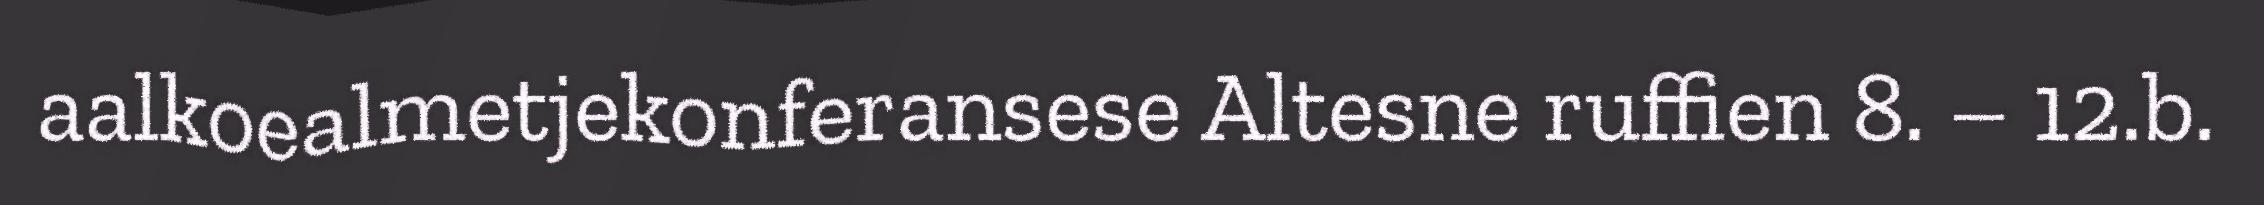
aalkoealmetjekonferansese Altesne ruffien 8. – 12.b.